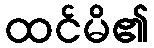
ထင်မိ၏